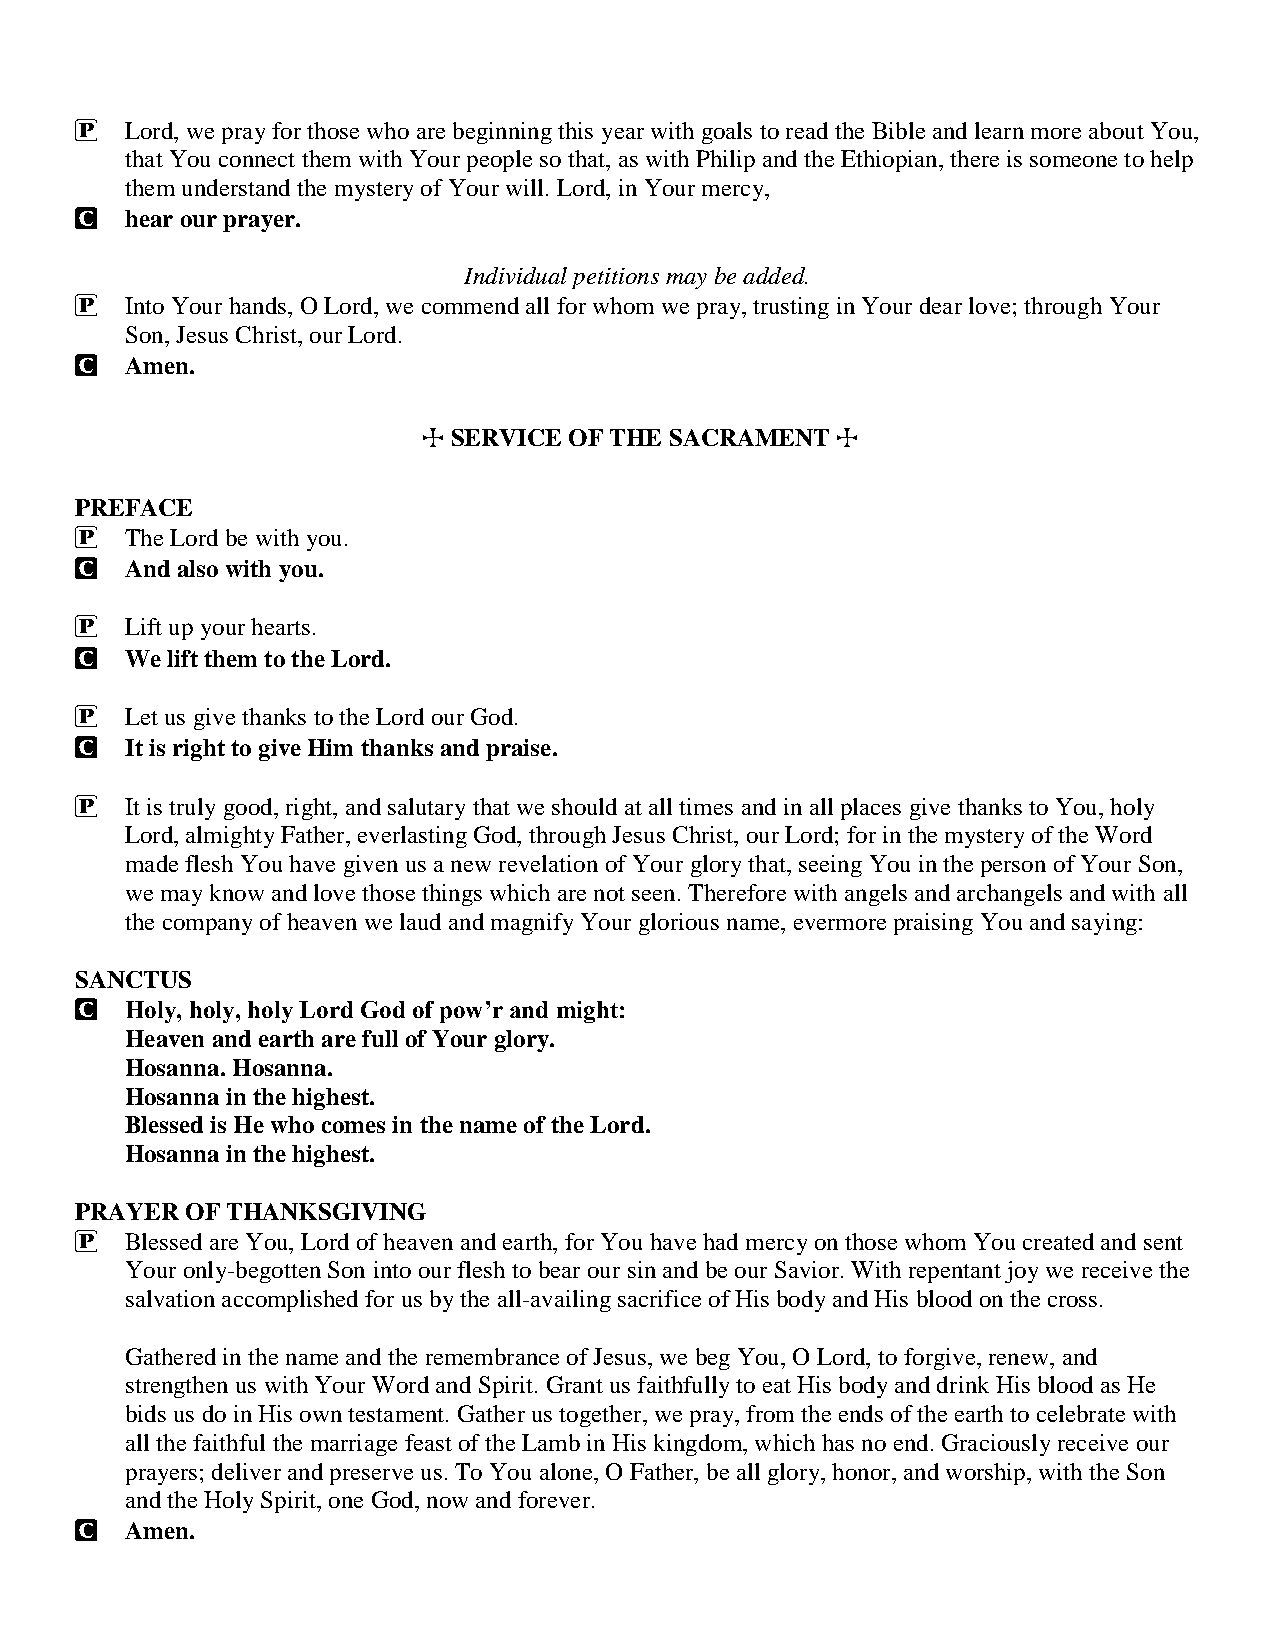
P  Lord, we pray for those who are beginning this year with goals to read the Bible and learn more about You,
 that You connect them with Your people so that, as with Philip and the Ethiopian, there is someone to help
 them understand the mystery of Your will. Lord, in Your mercy,
 C  hear our prayer.
 Individual petitions may be added.
 P  Into Your hands, O Lord, we commend all for whom we pray, trusting in Your dear love; through Your
 Son, Jesus Christ, our Lord.
 C  Amen.
 T SERVICE OF THE SACRAMENT T
 PREFACE
 P  The Lord be with you.
 C  And also with you.
 P  Lift up your hearts.
 C  We lift them to the Lord.
 P  Let us give thanks to the Lord our God.
 C  It is right to give Him thanks and praise.
 P  It is truly good, right, and salutary that we should at all times and in all places give thanks to You, holy
 Lord, almighty Father, everlasting God, through Jesus Christ, our Lord; for in the mystery of the Word
 made flesh You have given us a new revelation of Your glory that, seeing You in the person of Your Son,
 we may know and love those things which are not seen. Therefore with angels and archangels and with all
 the company of heaven we laud and magnify Your glorious name, evermore praising You and saying:
 SANCTUS
 C  Holy, holy, holy Lord God of pow’r and might:
 Heaven and earth are full of Your glory.
 Hosanna. Hosanna.
 Hosanna in the highest.
 Blessed is He who comes in the name of the Lord.
 Hosanna in the highest.
 PRAYER OF THANKSGIVING
 P  Blessed are You, Lord of heaven and earth, for You have had mercy on those whom You created and sent
 Your only-begotten Son into our flesh to bear our sin and be our Savior. With repentant joy we receive the
 salvation accomplished for us by the all-availing sacrifice of His body and His blood on the cross.
 Gathered in the name and the remembrance of Jesus, we beg You, O Lord, to forgive, renew, and
 strengthen us with Your Word and Spirit. Grant us faithfully to eat His body and drink His blood as He
 bids us do in His own testament. Gather us together, we pray, from the ends of the earth to celebrate with
 all the faithful the marriage feast of the Lamb in His kingdom, which has no end. Graciously receive our
 prayers; deliver and preserve us. To You alone, O Father, be all glory, honor, and worship, with the Son
 and the Holy Spirit, one God, now and forever.
 C  Amen.